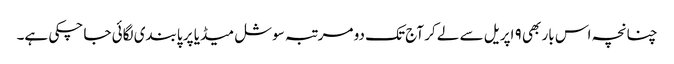
چنانچہ اس بار بھی ۹ اپریل سے لے کر آج تک دو مرتبہ سوشل میڈیا پر پابندی لگائی جا چکی ہے۔